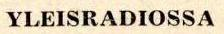
YLEISRADIOSSA